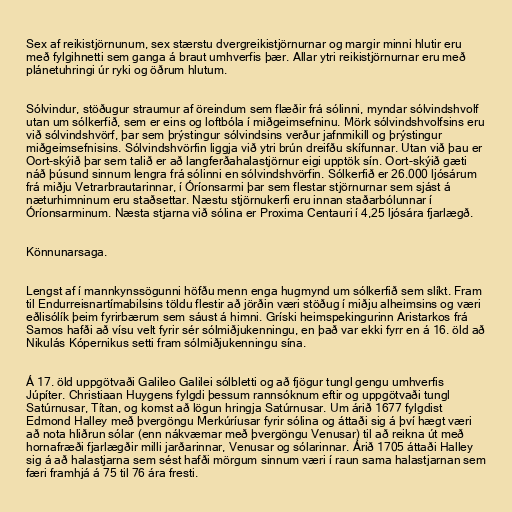
Sex af reikistjörnunum, sex stærstu dvergreikistjörnurnar og margir minni hlutir eru
með fylgihnetti sem ganga á braut umhverfis þær. Allar ytri reikistjörnurnar eru með
plánetuhringi úr ryki og öðrum hlutum.

Sólvindur, stöðugur straumur af öreindum sem flæðir frá sólinni, myndar sólvindshvolf
utan um sólkerfið, sem er eins og loftbóla í miðgeimsefninu. Mörk sólvindshvolfsins eru
við sólvindshvörf, þar sem þrýstingur sólvindsins verður jafnmikill og þrýstingur
miðgeimsefnisins. Sólvindshvörfin liggja við ytri brún dreifðu skífunnar. Utan við þau er
Oort-skýið þar sem talið er að langferðahalastjörnur eigi upptök sín. Oort-skýið gæti
náð þúsund sinnum lengra frá sólinni en sólvindshvörfin. Sólkerfið er 26.000 ljósárum
frá miðju Vetrarbrautarinnar, í Óríonsarmi þar sem flestar stjörnurnar sem sjást á
næturhimninum eru staðsettar. Næstu stjörnukerfi eru innan staðarbólunnar í
Óríonsarminum. Næsta stjarna við sólina er Proxima Centauri í 4,25 ljósára fjarlægð.

Könnunarsaga.

Lengst af í mannkynssögunni höfðu menn enga hugmynd um sólkerfið sem slíkt. Fram
til Endurreisnartímabilsins töldu flestir að jörðin væri stöðug í miðju alheimsins og væri
eðlisólík þeim fyrirbærum sem sáust á himni. Gríski heimspekingurinn Aristarkos frá
Samos hafði að vísu velt fyrir sér sólmiðjukenningu, en það var ekki fyrr en á 16. öld að
Nikulás Kópernikus setti fram sólmiðjukenningu sína.

Á 17. öld uppgötvaði Galileo Galilei sólbletti og að fjögur tungl gengu umhverfis
Júpíter. Christiaan Huygens fylgdi þessum rannsóknum eftir og uppgötvaði tungl
Satúrnusar, Títan, og komst að lögun hringja Satúrnusar. Um árið 1677 fylgdist
Edmond Halley með þvergöngu Merkúríusar fyrir sólina og áttaði sig á því hægt væri
að nota hliðrun sólar (enn nákvæmar með þvergöngu Venusar) til að reikna út með
hornafræði fjarlægðir milli jarðarinnar, Venusar og sólarinnar. Árið 1705 áttaði Halley
sig á að halastjarna sem sést hafði mörgum sinnum væri í raun sama halastjarnan sem
færi framhjá á 75 til 76 ára fresti.